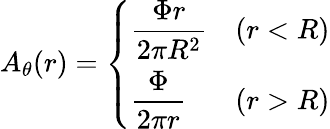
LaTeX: A_{\theta}(r)=\left\{ \begin{array}{ll}{{\displaystyle\frac{\Phi r}{2\pi R^{2}}}}&{{(r<R)}}\\ {{\displaystyle\frac{\Phi}{2\pi r}}}&{{(r>R)}}\end{array}\right.